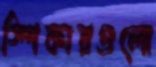
স্পিকারগুলো